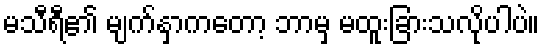
မသီရီ၏ မျက်နှာကတော့ ဘာမှ မထူးခြားသလိုပါပဲ။